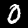
Label: 0